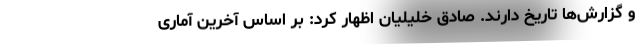
و گزارش‌ها تاریخ دارند. صادق خلیلیان اظهار کرد: بر اساس آخرین آماری